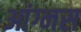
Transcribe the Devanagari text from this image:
आंग्नस